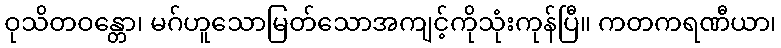
ဝုသိတဝန္တော၊ မဂ်ဟူသောမြတ်သောအကျင့်ကိုသုံးကုန်ပြီ။ ကတကရဏီယာ၊